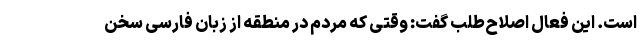
است. این فعال اصلاح‌طلب گفت: وقتی که مردم در منطقه از زبان فارسی سخن